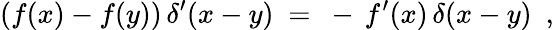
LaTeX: (f(x)-f(y))\, \delta^{\prime}(x-y)~=~-\, f^{\prime}(x)\, \delta(x-y)~~,